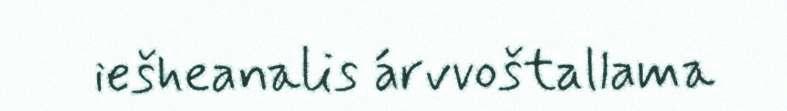
iešheanalis árvvoštallama